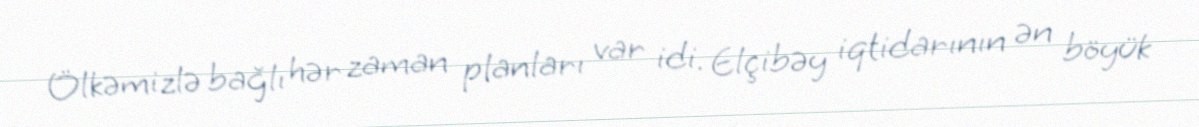
Ölkəmizlə bağlı hər zaman planları var idi. Elçibəy iqtidarının ən böyük